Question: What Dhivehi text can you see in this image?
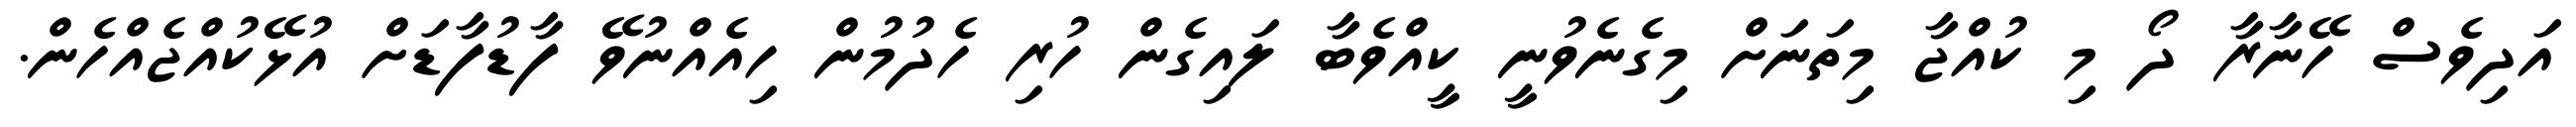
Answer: އަދިވެސް ހޭނާރާ ދޯ މި ކުއްޖާ މިތަނަށް މިގެނެވުނީ ކީއްވެބާ ލައިގެން ހުރި ހެދުމުން ހިއެއްނުވޭ ފާޑުފާޑަށް އުޅޭކުއްޖެއްހެން.